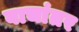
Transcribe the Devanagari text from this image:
वाचांतर